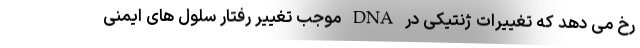
رخ می دهد که تغییرات ژنتیکی در DNA موجب تغییر رفتار سلول های ایمنی